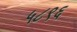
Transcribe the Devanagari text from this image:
५८९६